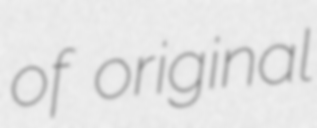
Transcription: of original